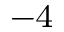
^ { - 4 }